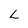
Character: L